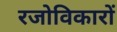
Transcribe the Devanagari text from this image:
रजोविकारों